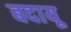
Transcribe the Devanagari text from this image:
बदायू